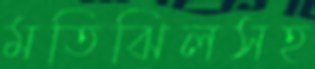
মতিঝিলসহ